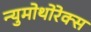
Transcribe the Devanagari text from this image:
न्युमोथोरेक्स